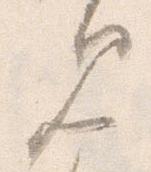
見